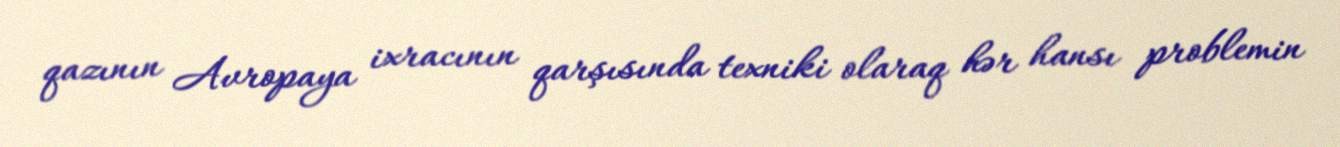
qazının Avropaya ixracının qarşısında texniki olaraq hər hansı problemin